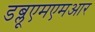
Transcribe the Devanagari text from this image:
डब्लूएमएमआर